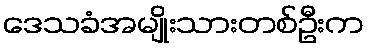
ဒေသခံအမျိုးသားတစ်ဦးက